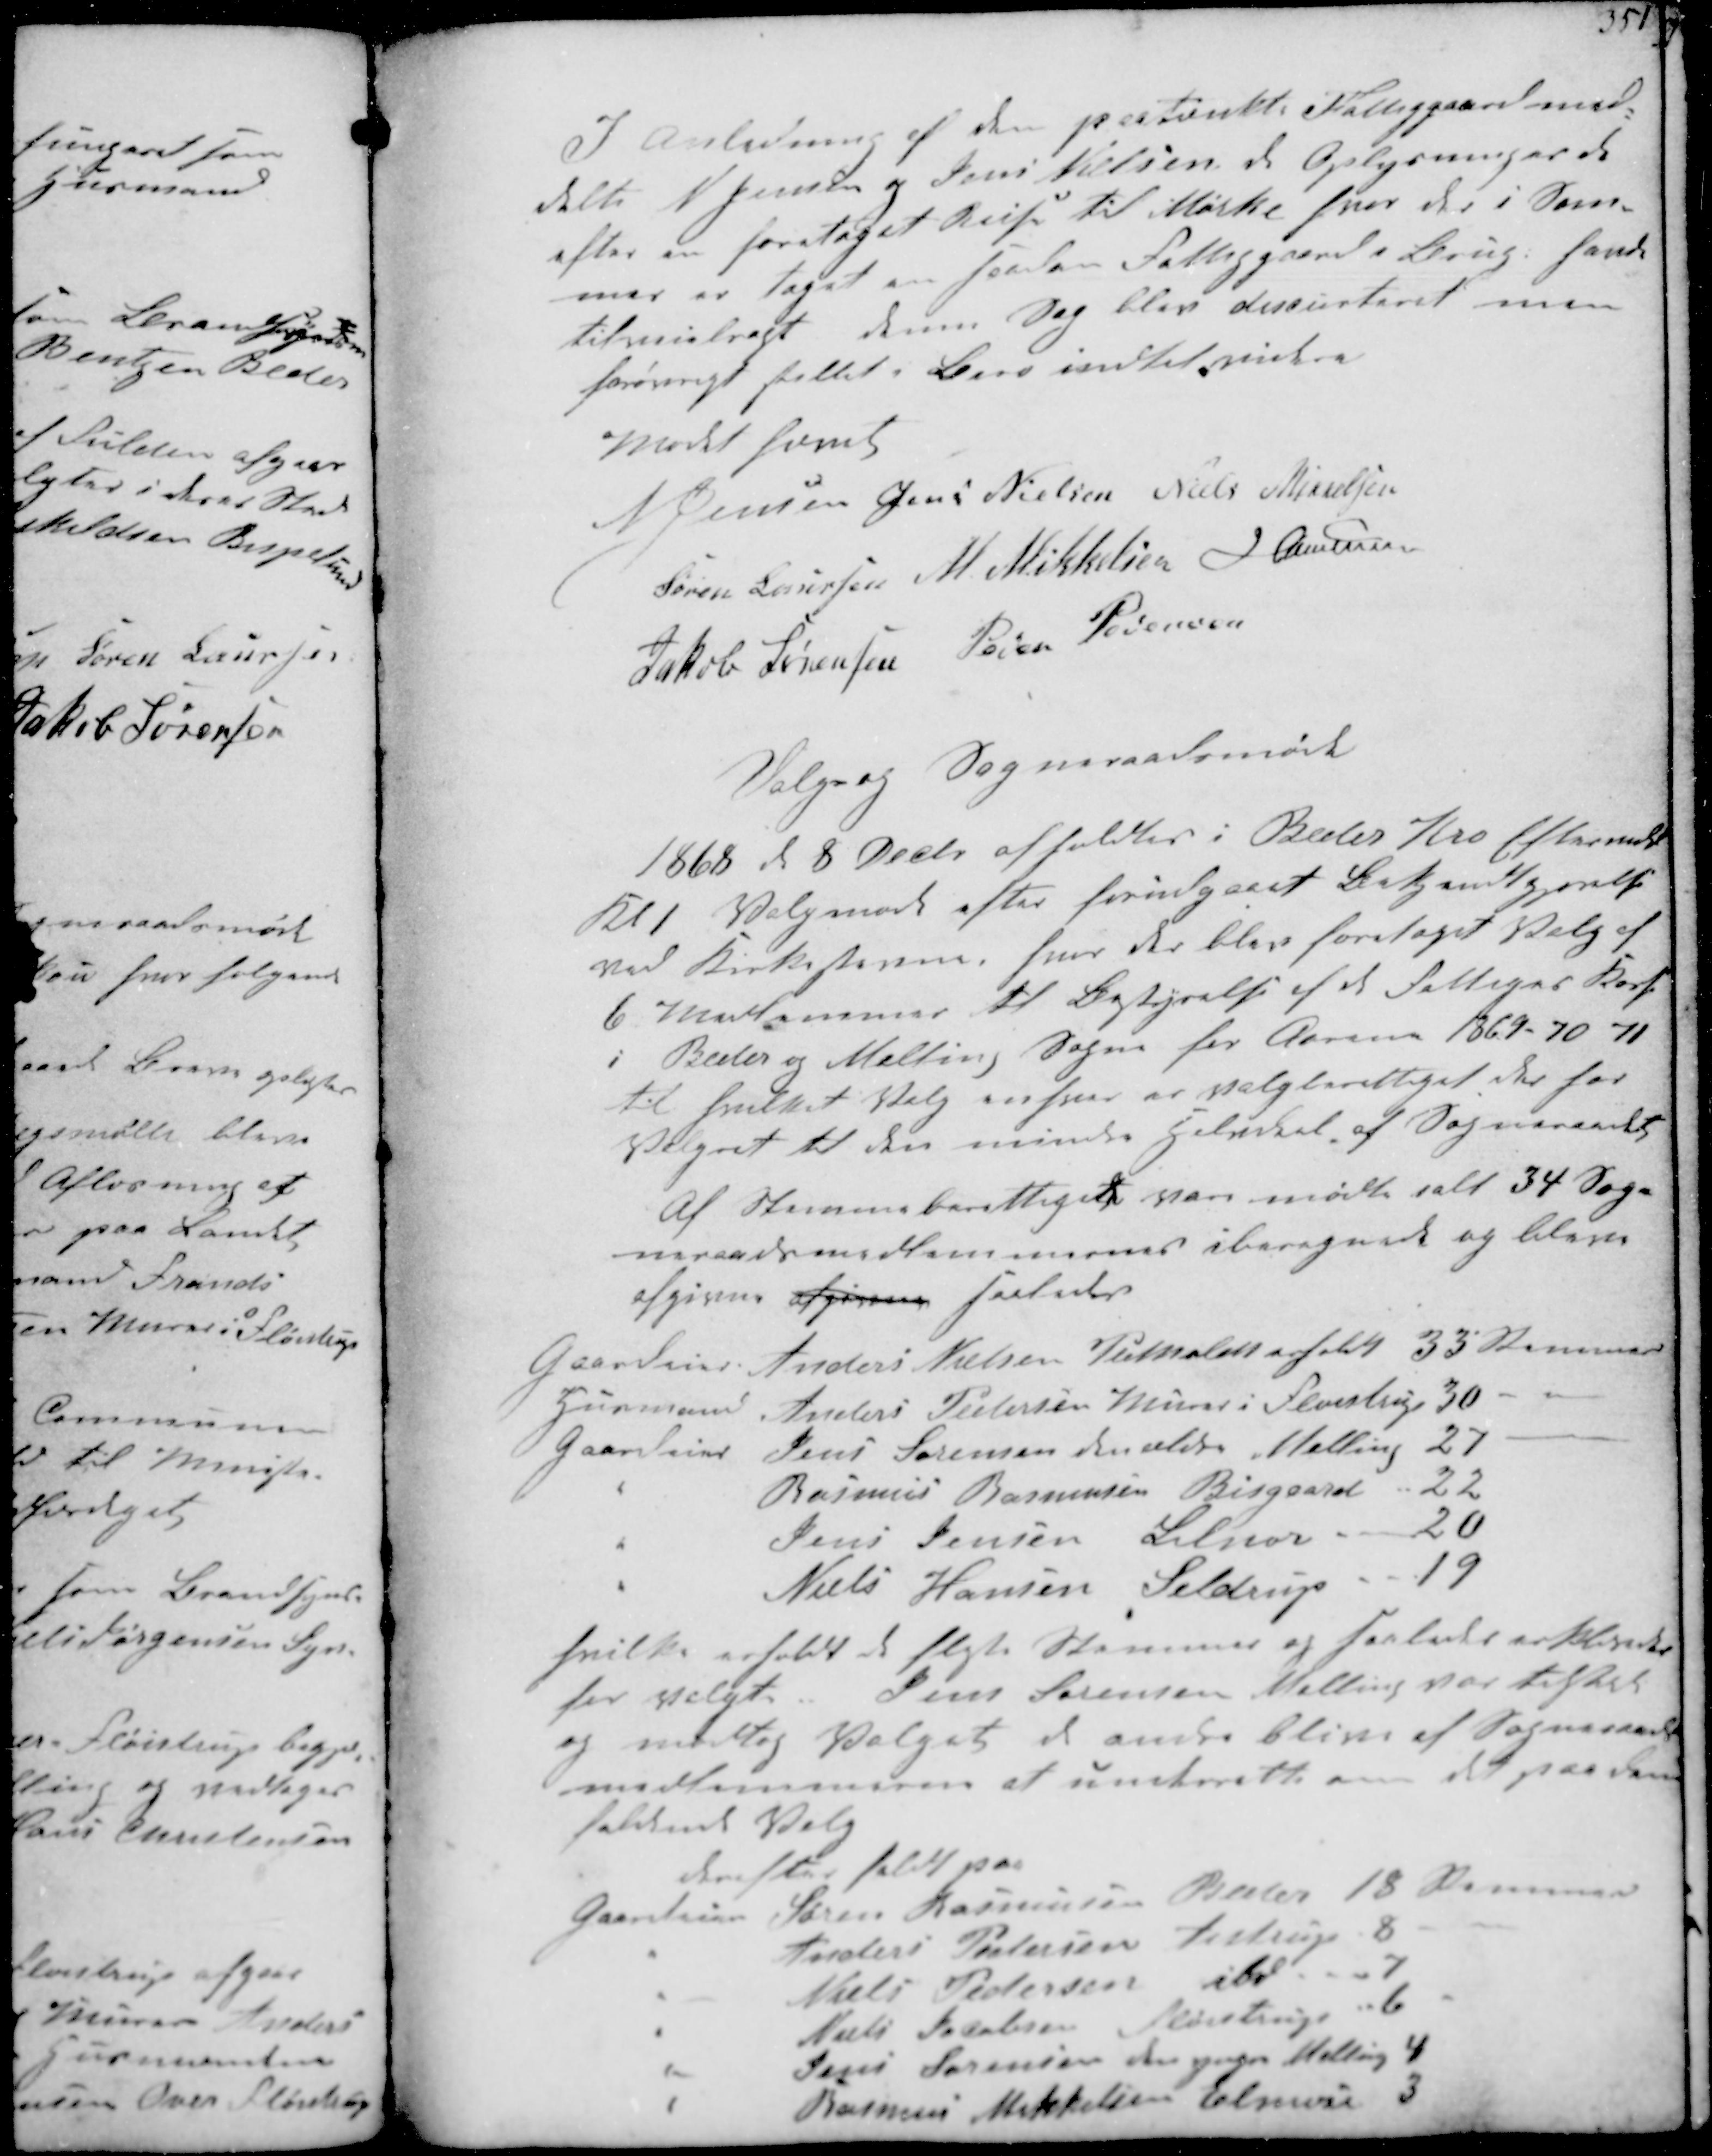
Transskription:
I Anledning af den paatænkte Fattiggaard med-
delte N Jensen og Jens Nielsen de Oplysninger de
efter en foretaget Rejse til Mørke hvor der i Som-
mer er taget en saadan Fattiggaard i Brug, havde
tilvejebragt denne Sag blev discurteret men
forøvrigt stillet i Bero indtil videre
Mødet hævet
N Jensen Jens Nielsen Niels Mikkelsen
Søren Laursen M. Mikkelsen J Christensen
Jakob Sørensen Søren Pedersen

Valg og Sogneraadsmøde
1868 d. 8 Decbr afholdtes i Beder Kro Eftermiddag
Kl. 1 Valgmøde efter forudgaaet Bekjendtgjørelse
ved Kirkestævne, hvor der blev foretaget Valg af
6 Medlemmer til Bestyrelse af de Fattiges Kasse
i Beder og Malling Sogne for Aarene 1869 - 70 71
til hvilket Valg enhver er valgberettiget der har
Valgret til den mindre Halvdel af Sogneraadet
Af Stemmeberettigede var mødt ialt 34 Sogne-
neraadsmedlemmerne iberegnede og bleve
afgivne afgivne saaledes

Gaardeier Anders Nielsen Pedholdt erholdt 33 Stemmer
Husmand Anders Pedersen Murer i Fløjstrup 30
Gaardejer Jens Sørensen den ældre Malling 27
" Rasmus Rasmussen Bisgaard 22
" Jens Jensen Lilnor 20
" Niels Hansen Seldrup 19
hvilke erholdt de fleste Stemmer og saaledes erklærede
for valgte Jens Sørensen Malling var tilstede
og modtog Valget de andre blive af Sogneraads-
medlemmerne at underrette om at paa  
 Valg
derefter faldt paa
Gaardejer Søren Rasmussen Beder 18 Stemmer
" Peter Sørensen Aistrup 8
" Niels Pedersen ibid 7
" Niels Jacobsen Fløistrup 6
" Jens Sørensen den yngre Malling 4
" Rasmus Mikkelsen Elmose 3